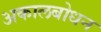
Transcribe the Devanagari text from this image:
अकालबोधन